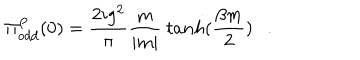
LaTeX: \Pi _ { o d d } ^ { P } ( 0 ) = \frac { 2 i g ^ { 2 } } { \pi } \frac { m } { | m | } ~ t a n h ( \frac { \beta m } { 2 } ) .